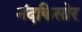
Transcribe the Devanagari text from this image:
नंदकिसोर